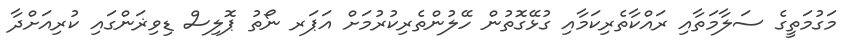
މަގުމަތީގެ ސަލާމަތާއި ރައްކާތެރިކަމާއި ގުޅޭގޮތުން ހޭލުންތެރިކުރުމަށް އަޕަރ ނޯތު ޕޮލިސް ޑިވިޜަންގައި ކުރިއަށްދާ